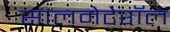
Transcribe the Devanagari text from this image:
सालमेटेरॉल